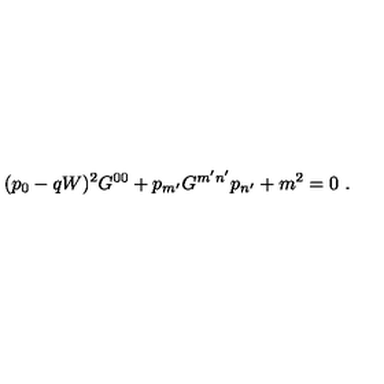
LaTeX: ( p _ { 0 } - q W ) ^ { 2 } G ^ { 0 0 } + p _ { m ^ { \prime } } G ^ { m ^ { \prime } n ^ { \prime } } p _ { n ^ { \prime } } + m ^ { 2 } = 0 \ .